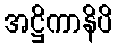
အဋ္ဌိကာနိပိ